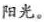
阳光。